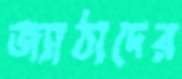
জ্যাঠাদের